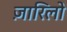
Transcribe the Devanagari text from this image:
ज़ारिलो